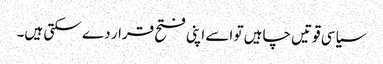
سیاسی قوتیں چاہیں تو اسے اپنی فتح قرار دے سکتی ہیں۔